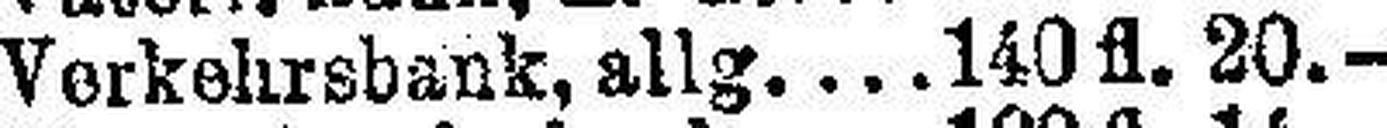
Verkehrsbank, allg. 140 fl. 20.—